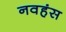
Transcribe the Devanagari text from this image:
नवहंस